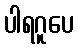
ပါရဂူပေ